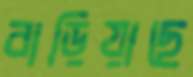
বাড়িয়াছে